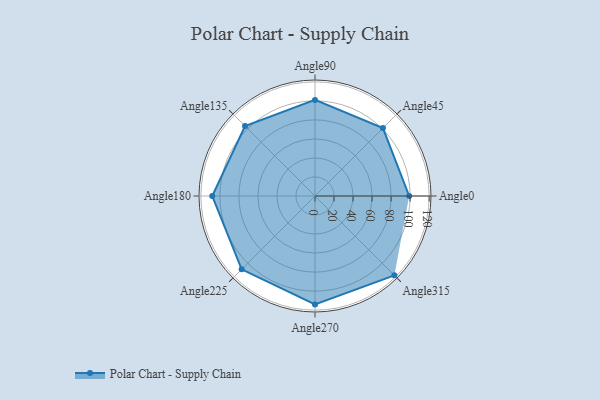
{"axis": {"x": "Angle", "y": "Radius"}, "legend": [""], "data": [{"x": "Angle0", "y": 99.0, "type": ""}, {"x": "Angle45", "y": 101.0, "type": ""}, {"x": "Angle90", "y": 101.0, "type": ""}, {"x": "Angle135", "y": 104.0, "type": ""}, {"x": "Angle180", "y": 108.0, "type": ""}, {"x": "Angle225", "y": 109.0, "type": ""}, {"x": "Angle270", "y": 114.0, "type": ""}, {"x": "Angle315", "y": 118.0, "type": ""}]}